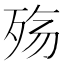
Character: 殇